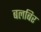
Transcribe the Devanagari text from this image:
बलबिर